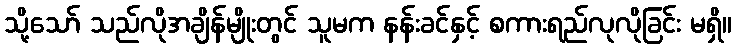
သို့သော် သည်လိုအချိန်မျိုးတွင် သူမက နန်းခင်နှင့် စကားရည်လုလိုခြင်း မရှိ။